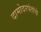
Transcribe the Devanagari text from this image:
दामोदरपंतांचे